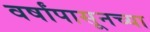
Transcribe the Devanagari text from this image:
वर्षांपासूनच्या